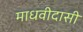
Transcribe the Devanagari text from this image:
माधवीदासी